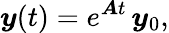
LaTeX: \boldsymbol{y}(t)=e^{\boldsymbol{A}t}\, \boldsymbol{y}_{0},